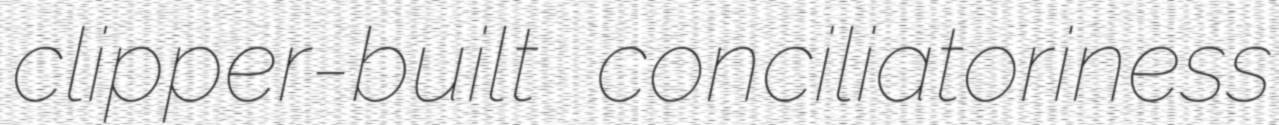
clipper-built conciliatoriness